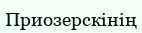
Приозерскінің